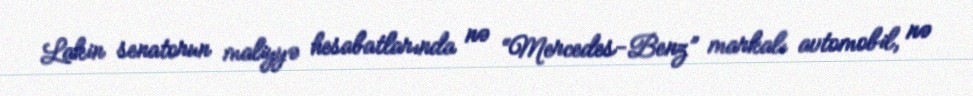
Lakin senatorun maliyyə hesabatlarında nə “Mercedes-Benz” markalı avtomobil, nə